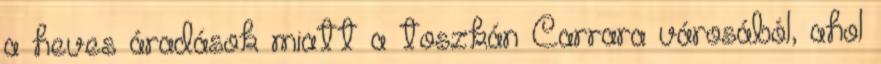
a heves áradások miatt a toszkán Carrara városából, ahol